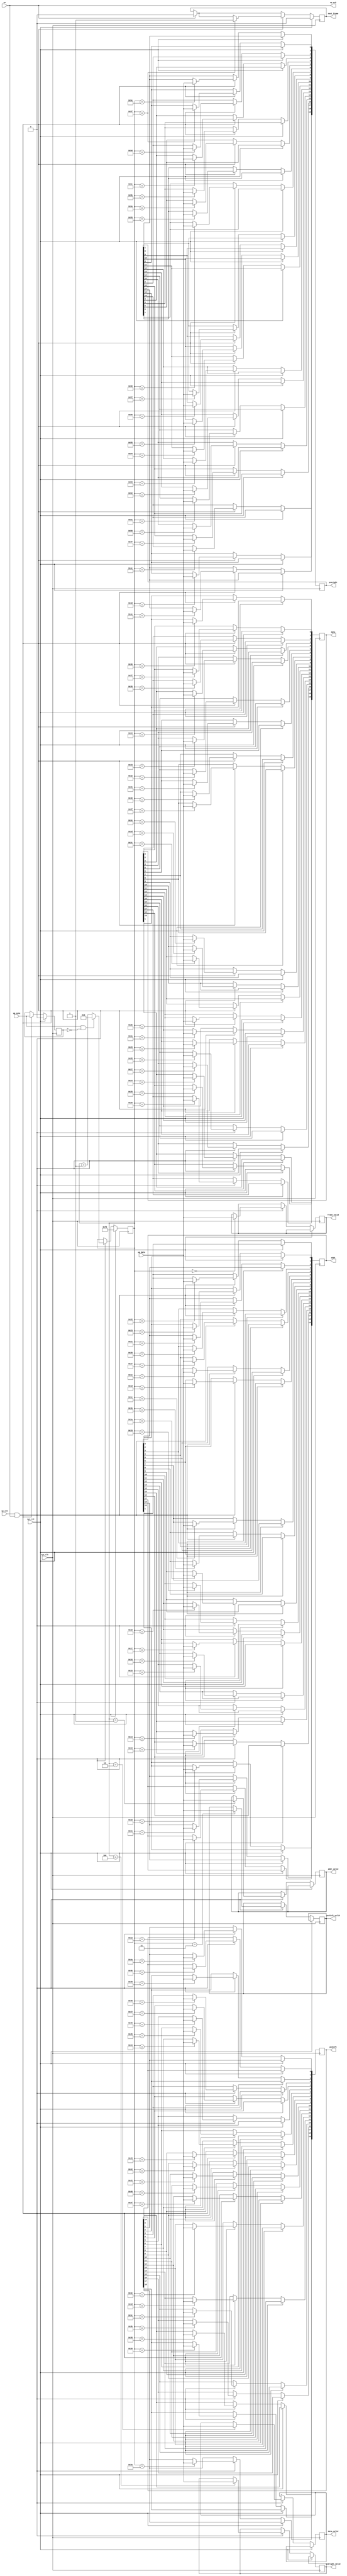
/*
 * Milkymist SoC
 * Copyright (C) 2007, 2008, 2009 Sebastien Bourdeauducq
 *
 * This program is free software: you can redistribute it and/or modify
 * it under the terms of the GNU General Public License as published by
 * the Free Software Foundation, version 3 of the License.
 *
 * This program is distributed in the hope that it will be useful,
 * but WITHOUT ANY WARRANTY; without even the implied warranty of
 * MERCHANTABILITY or FITNESS FOR A PARTICULAR PURPOSE.  See the
 * GNU General Public License for more details.
 *
 * You should have received a copy of the GNU General Public License
 * along with this program.  If not, see <http://www.gnu.org/licenses/>.
 */

module ac97_deframer(
	input sys_clk,
	input sys_rst,
	
	/* to transceiver */
	input up_stb,
	output up_ack,
	input up_sync,
	input up_data,
	
	/* frame data */
	input en,
	output reg next_frame,
	output reg frame_valid,
	output reg addr_valid,
	output reg [19:0] addr,
	output reg data_valid,
	output reg [19:0] data,
	output reg pcmleft_valid,
	output reg [19:0] pcmleft,
	output reg pcmright_valid,
	output reg [19:0] pcmright
);

reg [7:0] bitcounter;
reg sync_old;
always @(posedge sys_clk) begin
	if(sys_rst) begin
		bitcounter <= 8'd253;
		next_frame <= 1'b0;
		sync_old <= 1'b0;
	end else begin
		if(en)
			next_frame <= 1'b0;
		if(up_stb & en) begin
			case(bitcounter)
				8'd0: frame_valid <= up_data;		// Frame valid
				8'd1: addr_valid <= up_data;		// Slot 1 valid
				8'd2: data_valid <= up_data;		// Slot 2 valid
				8'd3: pcmleft_valid <= up_data;		// Slot 3 valid
				8'd4: pcmright_valid <= up_data;	// Slot 4 valid
	
				8'd16: addr[19] <= up_data;
				8'd17: addr[18] <= up_data;
				8'd18: addr[17] <= up_data;
				8'd19: addr[16] <= up_data;
				8'd20: addr[15] <= up_data;
				8'd21: addr[14] <= up_data;
				8'd22: addr[13] <= up_data;
				8'd23: addr[12] <= up_data;
				8'd24: addr[11] <= up_data;
				8'd25: addr[10] <= up_data;
				8'd26: addr[9] <= up_data;
				8'd27: addr[8] <= up_data;
				8'd28: addr[7] <= up_data;
				8'd29: addr[6] <= up_data;
				8'd30: addr[5] <= up_data;
				8'd31: addr[4] <= up_data;
				8'd32: addr[3] <= up_data;
				8'd33: addr[2] <= up_data;
				8'd34: addr[1] <= up_data;
				8'd35: addr[0] <= up_data;
				
				8'd36: data[19] <= up_data;
				8'd37: data[18] <= up_data;
				8'd38: data[17] <= up_data;
				8'd39: data[16] <= up_data;
				8'd40: data[15] <= up_data;
				8'd41: data[14] <= up_data;
				8'd42: data[13] <= up_data;
				8'd43: data[12] <= up_data;
				8'd44: data[11] <= up_data;
				8'd45: data[10] <= up_data;
				8'd46: data[9] <= up_data;
				8'd47: data[8] <= up_data;
				8'd48: data[7] <= up_data;
				8'd49: data[6] <= up_data;
				8'd50: data[5] <= up_data;
				8'd51: data[4] <= up_data;
				8'd52: data[3] <= up_data;
				8'd53: data[2] <= up_data;
				8'd54: data[1] <= up_data;
				8'd55: data[0] <= up_data;
				
				8'd56: pcmleft[19] <= up_data;
				8'd57: pcmleft[18] <= up_data;
				8'd58: pcmleft[17] <= up_data;
				8'd59: pcmleft[16] <= up_data;
				8'd60: pcmleft[15] <= up_data;
				8'd61: pcmleft[14] <= up_data;
				8'd62: pcmleft[13] <= up_data;
				8'd63: pcmleft[12] <= up_data;
				8'd64: pcmleft[11] <= up_data;
				8'd65: pcmleft[10] <= up_data;
				8'd66: pcmleft[9] <= up_data;
				8'd67: pcmleft[8] <= up_data;
				8'd68: pcmleft[7] <= up_data;
				8'd69: pcmleft[6] <= up_data;
				8'd70: pcmleft[5] <= up_data;
				8'd71: pcmleft[4] <= up_data;
				8'd72: pcmleft[3] <= up_data;
				8'd73: pcmleft[2] <= up_data;
				8'd74: pcmleft[1] <= up_data;
				8'd75: pcmleft[0] <= up_data;
				
				8'd76: pcmright[19] <= up_data;
				8'd77: pcmright[18] <= up_data;
				8'd78: pcmright[17] <= up_data;
				8'd79: pcmright[16] <= up_data;
				8'd80: pcmright[15] <= up_data;
				8'd81: pcmright[14] <= up_data;
				8'd82: pcmright[13] <= up_data;
				8'd83: pcmright[12] <= up_data;
				8'd84: pcmright[11] <= up_data;
				8'd85: pcmright[10] <= up_data;
				8'd86: pcmright[9] <= up_data;
				8'd87: pcmright[8] <= up_data;
				8'd88: pcmright[7] <= up_data;
				8'd89: pcmright[6] <= up_data;
				8'd90: pcmright[5] <= up_data;
				8'd91: pcmright[4] <= up_data;
				8'd92: pcmright[3] <= up_data;
				8'd93: pcmright[2] <= up_data;
				8'd94: pcmright[1] <= up_data;
				8'd95: pcmright[0] <= up_data;
			endcase
			
			if(bitcounter == 8'd95)
				next_frame <= 1'b1;
			
			sync_old <= up_sync;
			if(up_sync & ~sync_old)
				bitcounter <= 8'd0;
			else
				bitcounter <= bitcounter + 8'd1;
		end
	end
end

assign up_ack = en;

endmodule